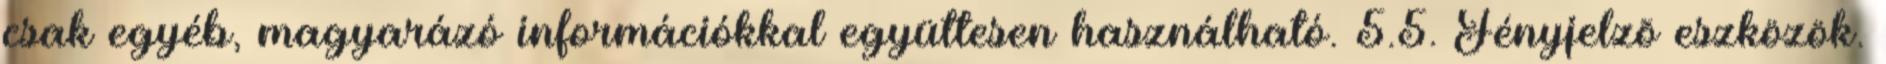
csak egyéb, magyarázó információkkal együttesen használható. 5.5. Fényjelzõ eszközök.